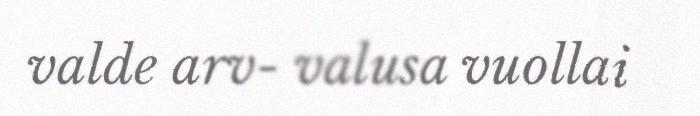
valde arv- valusa vuollai